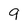
Character: 9